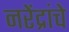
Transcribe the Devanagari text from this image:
नरेंद्रांचे